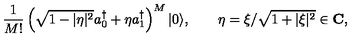
{ \frac { 1 } { M ! } } \left( \sqrt { 1 - | \eta | ^ { 2 } } a _ { 0 } ^ { \dagger } + \eta a _ { 1 } ^ { \dagger } \right) ^ { M } | 0 \rangle , \qquad \eta = \xi / \sqrt { 1 + | \xi | ^ { 2 } } \in \mathbf { C } ,